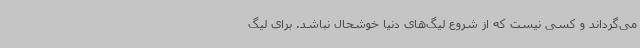
می‌گرداند و کسی نیست که از شروع لیگ‌های دنیا خوشحال نباشد. برای لیگ